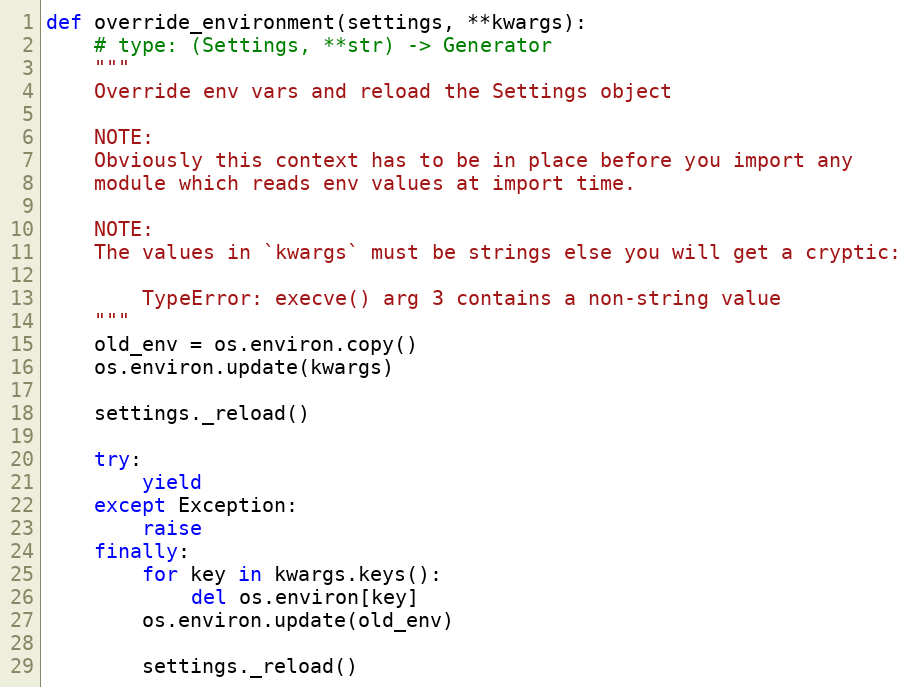
Language: Python
def override_environment(settings, **kwargs):
    # type: (Settings, **str) -> Generator
    """
    Override env vars and reload the Settings object

    NOTE:
    Obviously this context has to be in place before you import any
    module which reads env values at import time.

    NOTE:
    The values in `kwargs` must be strings else you will get a cryptic:

        TypeError: execve() arg 3 contains a non-string value
    """
    old_env = os.environ.copy()
    os.environ.update(kwargs)

    settings._reload()

    try:
        yield
    except Exception:
        raise
    finally:
        for key in kwargs.keys():
            del os.environ[key]
        os.environ.update(old_env)

        settings._reload()